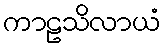
ကာဠသိလာယံ